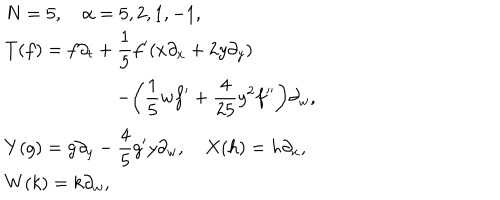
LaTeX: \begin{array} { l } { { N = 5 , \quad \alpha = 5 , 2 , 1 , - 1 , } } \\ { { \displaystyle T ( f ) = f \partial _ { t } + \frac { 1 } { 5 } f ^ { \prime } ( x \partial _ { x } + 2 y \partial _ { y } ) } } \\ { { \displaystyle \qquad \qquad \qquad - \biggl ( \frac { 1 } { 5 } w f ^ { \prime } + \frac { 4 } { 2 5 } y ^ { 2 } f ^ { \prime \prime } \biggr ) \partial _ { w } , } } \\ { { \displaystyle Y ( g ) = g \partial _ { y } - \frac { 4 } { 5 } g ^ { \prime } y \partial _ { w } , \quad X ( h ) = h \partial _ { x } , } } \\ { { \displaystyle W ( k ) = k \partial _ { w } , } } \\ \end{array}